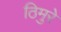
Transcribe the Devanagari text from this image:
ठिमुरे